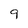
Character: 9